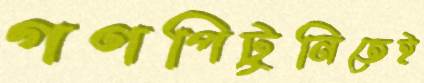
গণপিটুনিতেই